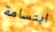
ابتسامة